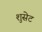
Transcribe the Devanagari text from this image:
शुसेट